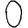
Digit: 0